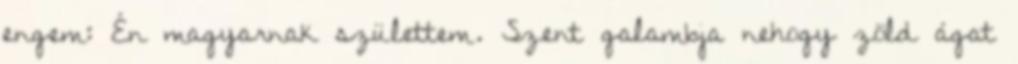
engem: Én magyarnak születtem. Szent galambja nehogy zöld ágat